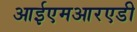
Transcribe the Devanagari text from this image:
आईएमआरएडी